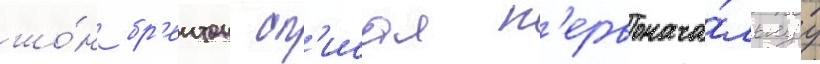
шо́н бр'еитон оп'исал п'ервонача́льнуу